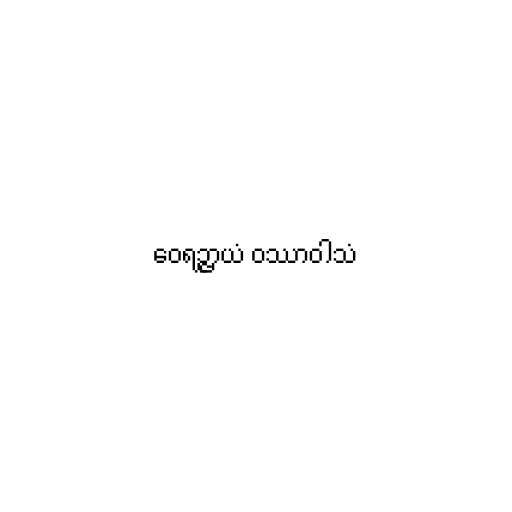
ဝေရဉ္ဇာယံ ဝဿာဝါသံ